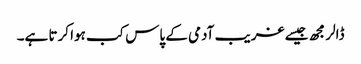
ڈالر مجھ جیسے غریب آدمی کے پاس کب ہوا کرتا ہے۔